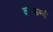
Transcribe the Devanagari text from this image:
कनफर्म्ड